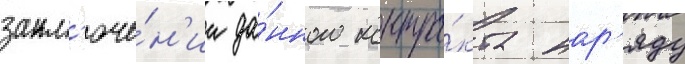
закл'юче́н'ии да́нного контра́кта нар'яду